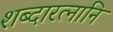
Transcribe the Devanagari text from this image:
शब्दारत्नानि